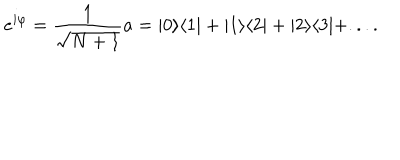
e ^ { i \varphi } = \frac { 1 } { \sqrt { N + 1 } } a = | 0 \rangle \langle 1 | + | 1 \rangle \langle 2 | + | 2 \rangle \langle 3 | + . . . .